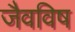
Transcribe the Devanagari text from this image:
जैवविष